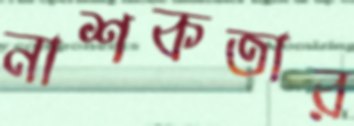
নাশকতার